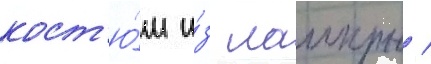
кост'ю́м и́з лаикры /